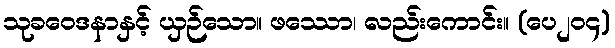
သုခဝေဒနာနှင့် ယှဉ်သော။ ဖဿော၊ လည်းကောင်း။ (ပေ၂၀၄)